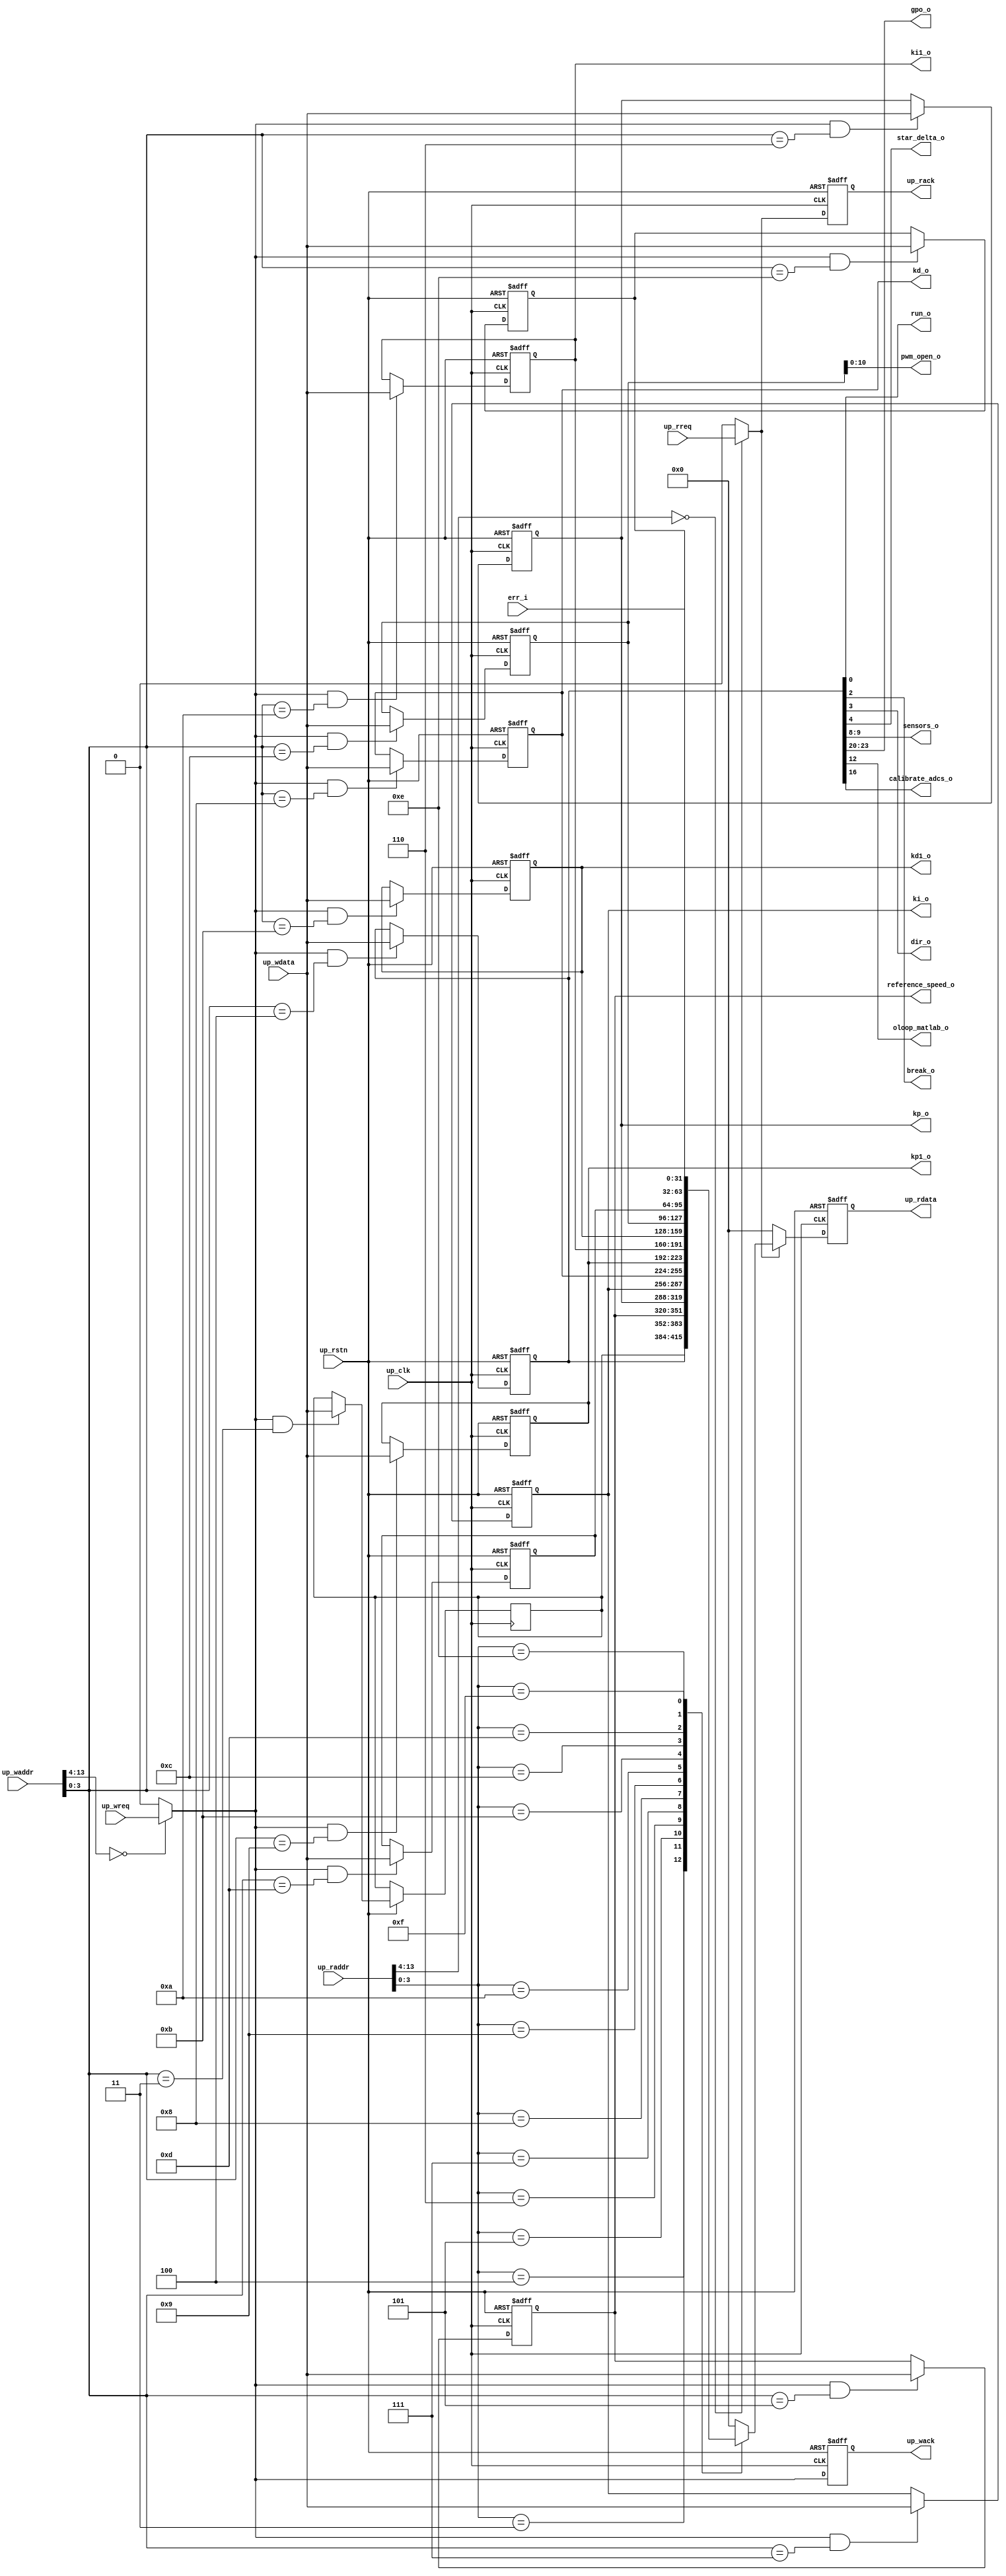
// ***************************************************************************
// ***************************************************************************
// Copyright 2013(c) Analog Devices, Inc.
//
// All rights reserved.
//
// Redistribution and use in source and binary forms, with or without modification,
// are permitted provided that the following conditions are met:
//     - Redistributions of source code must retain the above copyright
//       notice, this list of conditions and the following disclaimer.
//     - Redistributions in binary form must reproduce the above copyright
//       notice, this list of conditions and the following disclaimer in
//       the documentation and/or other materials provided with the
//       distribution.
//     - Neither the name of Analog Devices, Inc. nor the names of its
//       contributors may be used to endorse or promote products derived
//       from this software without specific prior written permission.
//     - The use of this software may or may not infringe the patent rights
//       of one or more patent holders.  This license does not release you
//       from the requirement that you obtain separate licenses from these
//       patent holders to use this software.
//     - Use of the software either in source or binary form, must be run
//       on or directly connected to an Analog Devices Inc. component.
//
// THIS SOFTWARE IS PROVIDED BY ANALOG DEVICES "AS IS" AND ANY EXPRESS OR IMPLIED WARRANTIES,
// INCLUDING, BUT NOT LIMITED TO, NON-INFRINGEMENT, MERCHANTABILITY AND FITNESS FOR A
// PARTICULAR PURPOSE ARE DISCLAIMED.
//
// IN NO EVENT SHALL ANALOG DEVICES BE LIABLE FOR ANY DIRECT, INDIRECT, INCIDENTAL, SPECIAL,
// EXEMPLARY, OR CONSEQUENTIAL DAMAGES (INCLUDING, BUT NOT LIMITED TO, INTELLECTUAL PROPERTY
// RIGHTS, PROCUREMENT OF SUBSTITUTE GOODS OR SERVICES; LOSS OF USE, DATA, OR PROFITS; OR
// BUSINESS INTERRUPTION) HOWEVER CAUSED AND ON ANY THEORY OF LIABILITY, WHETHER IN CONTRACT,
// STRICT LIABILITY, OR TORT (INCLUDING NEGLIGENCE OR OTHERWISE) ARISING IN ANY WAY OUT OF
// THE USE OF THIS SOFTWARE, EVEN IF ADVISED OF THE POSSIBILITY OF SUCH DAMAGE.
// ***************************************************************************
// ***************************************************************************

module control_registers
(

//bus interface

    input              up_rstn,
    input              up_clk,
    input              up_wreq,
    input      [13:0]  up_waddr,
    input      [31:0]  up_wdata,
    output reg         up_wack,
    input              up_rreq,
    input      [13:0]  up_raddr,
    output reg [31:0]  up_rdata,
    output reg         up_rack,

//control

    input  [31:0]  err_i,
    output [10:0]  pwm_open_o,
    output [31:0]  reference_speed_o,
    output [31:0]  kp_o,
    output [31:0]  ki_o,
    output [31:0]  kd_o,
    output [31:0]  kp1_o,
    output [31:0]  ki1_o,
    output [31:0]  kd1_o,
    output         run_o,
    output         break_o,
    output         dir_o,
    output         star_delta_o,
    output [ 1:0]  sensors_o,
    output [ 3:0]  gpo_o,
    output         oloop_matlab_o,
    output         calibrate_adcs_o
);

//------------------------------------------------------------------------------
//----------- Registers Declarations -------------------------------------------
//------------------------------------------------------------------------------

//internal registers

reg [31:0] control_r;
reg [31:0] reference_speed_r;
reg [31:0] kp_r;
reg [31:0] ki_r;
reg [31:0] kp1_r;
reg [31:0] ki1_r;
reg [31:0] kd1_r;
reg [31:0] pwm_open_r;
reg [31:0] pwm_break_r;
reg [31:0] status_r;
reg [31:0] reserved_r1;
reg [31:0] kd_r;
reg [10:0] gpo_r;

//------------------------------------------------------------------------------
//----------- Wires Declarations -----------------------------------------------
//------------------------------------------------------------------------------

wire        up_wreq_s;
wire        up_rreq_s;

//------------------------------------------------------------------------------
//----------- Assign/Always Blocks ---------------------------------------------
//------------------------------------------------------------------------------

assign up_wreq_s = (up_waddr[13:4] == 10'h00) ? up_wreq : 1'b0;
assign up_rreq_s = (up_raddr[13:4] == 10'h00) ? up_rreq : 1'b0;

assign run_o                    = control_r[0];     // Run the motor
assign break_o                  = control_r[2];     // Activate the Break circuit
assign dir_o                    = control_r[3];     // 0 CCW, 1 CW
assign star_delta_o             = control_r[4];     // Select between star [0] or delta [1] controller
assign sensors_o                = control_r[9:8];   // Select between Hall[00] and BEMF[01] sensors
assign calibrate_adcs_o         = control_r[16];
assign oloop_matlab_o           = control_r[12];    // Select between open loop control [0] and matlab control [1]
assign gpo_o                    = control_r[23:20];

assign pwm_open_o               = pwm_open_r[10:0];       // PWM value, for open loop control
assign reference_speed_o        = reference_speed_r;
assign kp_o                     = kp_r;             // KP controller parameter
assign ki_o                     = ki_r;             // KI controller parameter
assign kd_o                     = kd_r;             // KD controller parameter
assign kp1_o                    = kp1_r;
assign kd1_o                    = kd1_r;
assign ki1_o                    = ki1_r;

// processor write interface

always @(negedge up_rstn or posedge up_clk)
begin
   if (up_rstn == 0)
   begin
       up_wack              <= 1'b0;
       control_r            <= 'h0;
       reference_speed_r    <= 'd1000;
       kp_r                 <= 'd6554;
       ki_r                 <= 'd26;
       kd_r                 <= 'd655360;
       kp1_r                <= 'd0;
       ki1_r                <= 'd0;
       kd1_r                <= 'd0;
       pwm_open_r           <= 'h5ff;
       pwm_break_r          <= 'd0;
       status_r             <= 'd0;
   end
   else
   begin
       up_wack  <= up_wreq_s;
       if ((up_wreq_s == 1'b1) && (up_waddr[3:0] == 4'h3))
       begin
           reserved_r1          <= up_wdata;
       end
       if ((up_wreq_s == 1'b1) && (up_waddr[3:0] == 4'h4))
       begin
           control_r            <= up_wdata;
       end
       if ((up_wreq_s == 1'b1) && (up_waddr[3:0] == 4'h5))
       begin
           reference_speed_r    <= up_wdata;
       end
       if ((up_wreq_s == 1'b1) && (up_waddr[3:0] == 4'h6))
       begin
           kp_r                 <= up_wdata;
       end
       if ((up_wreq_s == 1'b1) && (up_waddr[3:0] == 4'h7))
       begin
           ki_r                 <= up_wdata;
       end
       if ((up_wreq_s == 1'b1) && (up_waddr[3:0] == 4'h8))
       begin
           kd_r                 <= up_wdata;
       end
       if ((up_wreq_s == 1'b1) && (up_waddr[3:0] == 4'h9))
       begin
           kp1_r                <= up_wdata;
       end
       if ((up_wreq_s == 1'b1) && (up_waddr[3:0] == 4'ha))
       begin
           ki1_r                <= up_wdata;
       end
       if ((up_wreq_s == 1'b1) && (up_waddr[3:0] == 4'hb))
       begin
           kd1_r                <= up_wdata;
       end
       if ((up_wreq_s == 1'b1) && (up_waddr[3:0] == 4'hc))
       begin
           pwm_open_r          <= up_wdata;
       end
       if ((up_wreq_s == 1'b1) && (up_waddr[3:0] == 4'hd))
       begin
           pwm_break_r         <= up_wdata;
       end
       if ((up_wreq_s == 1'b1) && (up_waddr[3:0] == 4'he))
       begin
           status_r            <= up_wdata;
       end
   end
end

// processor read interface

always @(negedge up_rstn or posedge up_clk)
begin
    if (up_rstn == 0) begin
        up_rack <= 'd0;
        up_rdata <= 'd0;
    end
    else
    begin
        up_rack <= up_rreq_s;
        if (up_rreq_s == 1'b1) begin
            case (up_raddr[3:0])
                4'h3: up_rdata <= reserved_r1;
                4'h4: up_rdata <= control_r;
                4'h5: up_rdata <= reference_speed_r;
                4'h6: up_rdata <= kp_r;
                4'h7: up_rdata <= ki_r;
                4'h8: up_rdata <= kd_r;
                4'h9: up_rdata <= kp1_r;
                4'ha: up_rdata <= ki1_r;
                4'hb: up_rdata <= kd1_r;
                4'hc: up_rdata <= pwm_open_r;
                4'hd: up_rdata <= pwm_break_r;
                4'he: up_rdata <= status_r;
                4'hf: up_rdata <= err_i;
                default: up_rdata <= 0;
            endcase
        end
        else
        begin
            up_rdata <= 32'd0;
        end
    end
end

endmodule